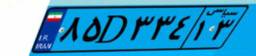
۸۵D۳۳۴۱۳